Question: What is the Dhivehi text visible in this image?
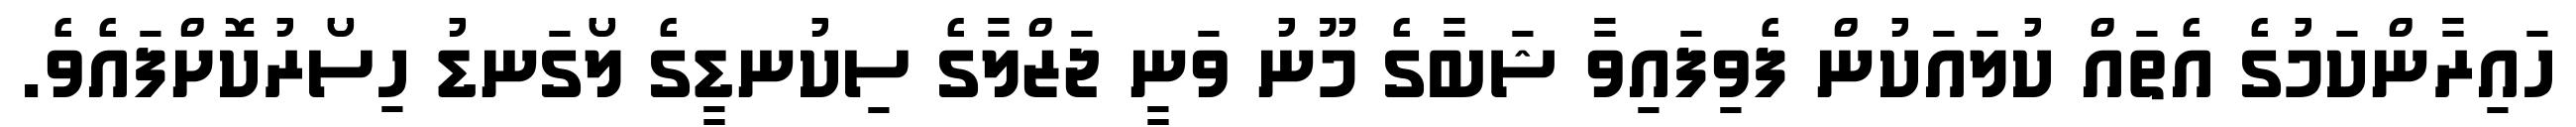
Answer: ހައިރާންކަމުގެ އެތައް ކުލައަކުން ފެވިފައިވާ ޝަބާގެ މޫނު ވަނީ ޖަޒްލާގެ ސިކުނޑީގެ ލޯގަނޑު ހިސޯރުކޮށްފައެވެ.